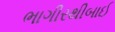
ભાગીરથીબાઈ